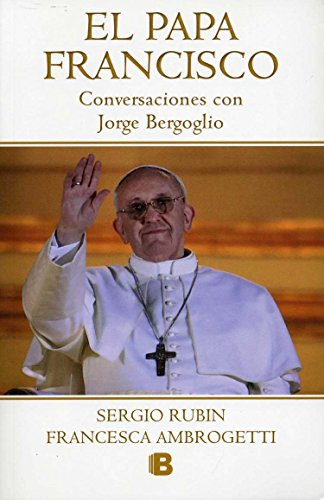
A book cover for El Papa Francisco (No Ficcion Historia) (Spanish Edition); Sergio Rubin & Francesca Ambrogetti; Christian Books & Bibles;